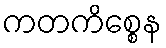
ကတကိစ္စေန